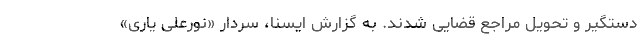
دستگیر و تحویل مراجع قضایی شدند. به گزارش ایسنا، سردار «نورعلی یاری»